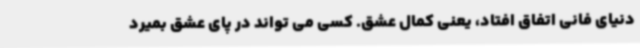
دنیای فانی اتفاق افتاد، یعنی کمال عشق. کسی می تواند در پای عشق بمیرد